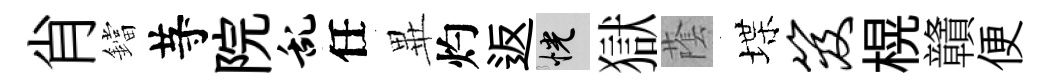
肖鐺䒭院乱任𭺾灼返恍獄䕃堞笈榥贛便